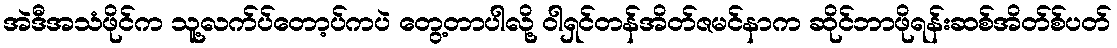
အဲဒီအသံဖိုင်က သူ့လက်ပ်တော့ပ်ကပဲ တွေ့တာပါလို့ ဝါရှင်တန်အိတ်ဇမင်နာက ဆိုင်ဘာဖိုရန်းဆစ်အိတ်စ်ပတ်